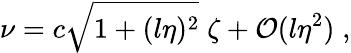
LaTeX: \nu=c\sqrt{1+(l\eta)^{2}}\; \zeta+{\cal O}(l\eta^{2})\; ,